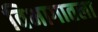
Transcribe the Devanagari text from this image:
विभागातला